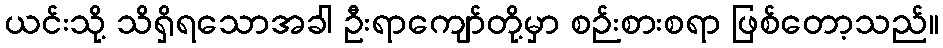
ယင်းသို့ သိရှိရသောအခါ ဦးရာကျော်တို့မှာ စဉ်းစားစရာ ဖြစ်တော့သည်။